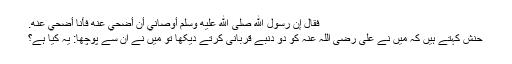
فَقَالَ إِنَّ رَسُولَ اللَّهِ صَلَّى اللَّهُ عَلَيْهِ وَسَلَّمَ أَوْصَانِي أَنْ أُضَحِّيَ عَنْهُ فَأَنَا أُضَحِّي عَنْهُ.
حنش کہتے ہیں کہ میں نے علی رضی اللہ عنہ کو دو دنبے قربانی کرتے دیکھا تو میں نے ان سے پوچھا: یہ کیا ہے؟